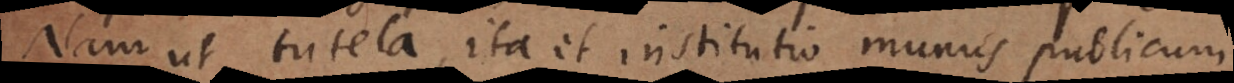
Nam ut tutela, ita et institutio munus publicum